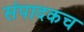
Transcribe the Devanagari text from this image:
संपादकच